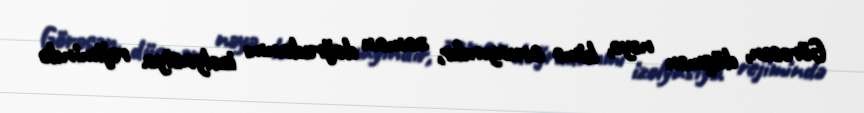
Görəsən, düşmən nəyə, kimə arxayındır, zaman doğrudanmı izolyasiya rejimində